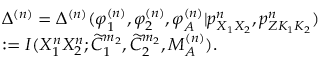
\begin{array} { r l } & { \Delta ^ { ( n ) } = \Delta ^ { ( n ) } ( \varphi _ { 1 } ^ { ( n ) } , \varphi _ { 2 } ^ { ( n ) } , \varphi _ { \cal A } ^ { ( n ) } | { p } _ { X _ { 1 } X _ { 2 } } ^ { n } , { p _ { Z K _ { 1 } K _ { 2 } } ^ { n } } ) } \\ & { : = I ( X _ { 1 } ^ { n } X _ { 2 } ^ { n } ; \widetilde { C } _ { 1 } ^ { m _ { 2 } } , \widetilde { C } _ { 2 } ^ { m _ { 2 } } , M _ { \cal A } ^ { ( n ) } ) . } \end{array}